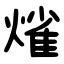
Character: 熦